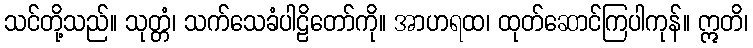
သင်တို့သည်။ သုတ္တံ၊ သက်သေခံပါဠိတော်ကို။ အာဟရထ၊ ထုတ်ဆောင်ကြပါကုန်။ ဣတိ၊